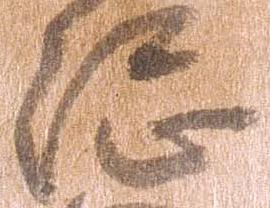
総